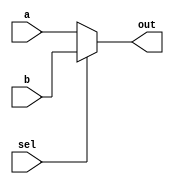
module MUX(sel,a,b,out);
parameter n=16;
input sel;
input [n-1:0] a,b;
output [n-1:0] out;

assign out = sel?b:a;
endmodule